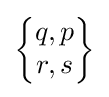
{\begin{Bmatrix}q,p\\r,s\end{Bmatrix}}